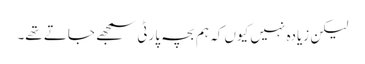
لیکن زیادہ نہیں کیوں کہ ہم بچہ پارٹی سمجھے جاتے تھے۔